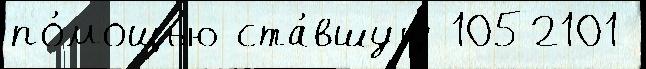
по́мощью ста́вшуjу 1052101